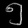
Digit: ၅